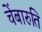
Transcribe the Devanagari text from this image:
चेंबारुति